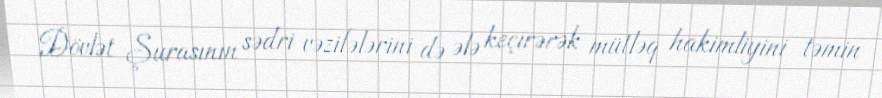
Dövlət Şurasının sədri vəzifələrini də ələ keçirərək mütləq hakimliyini təmin